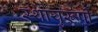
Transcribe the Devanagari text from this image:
स्थायुरूपी